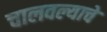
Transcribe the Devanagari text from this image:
चालवल्याचे